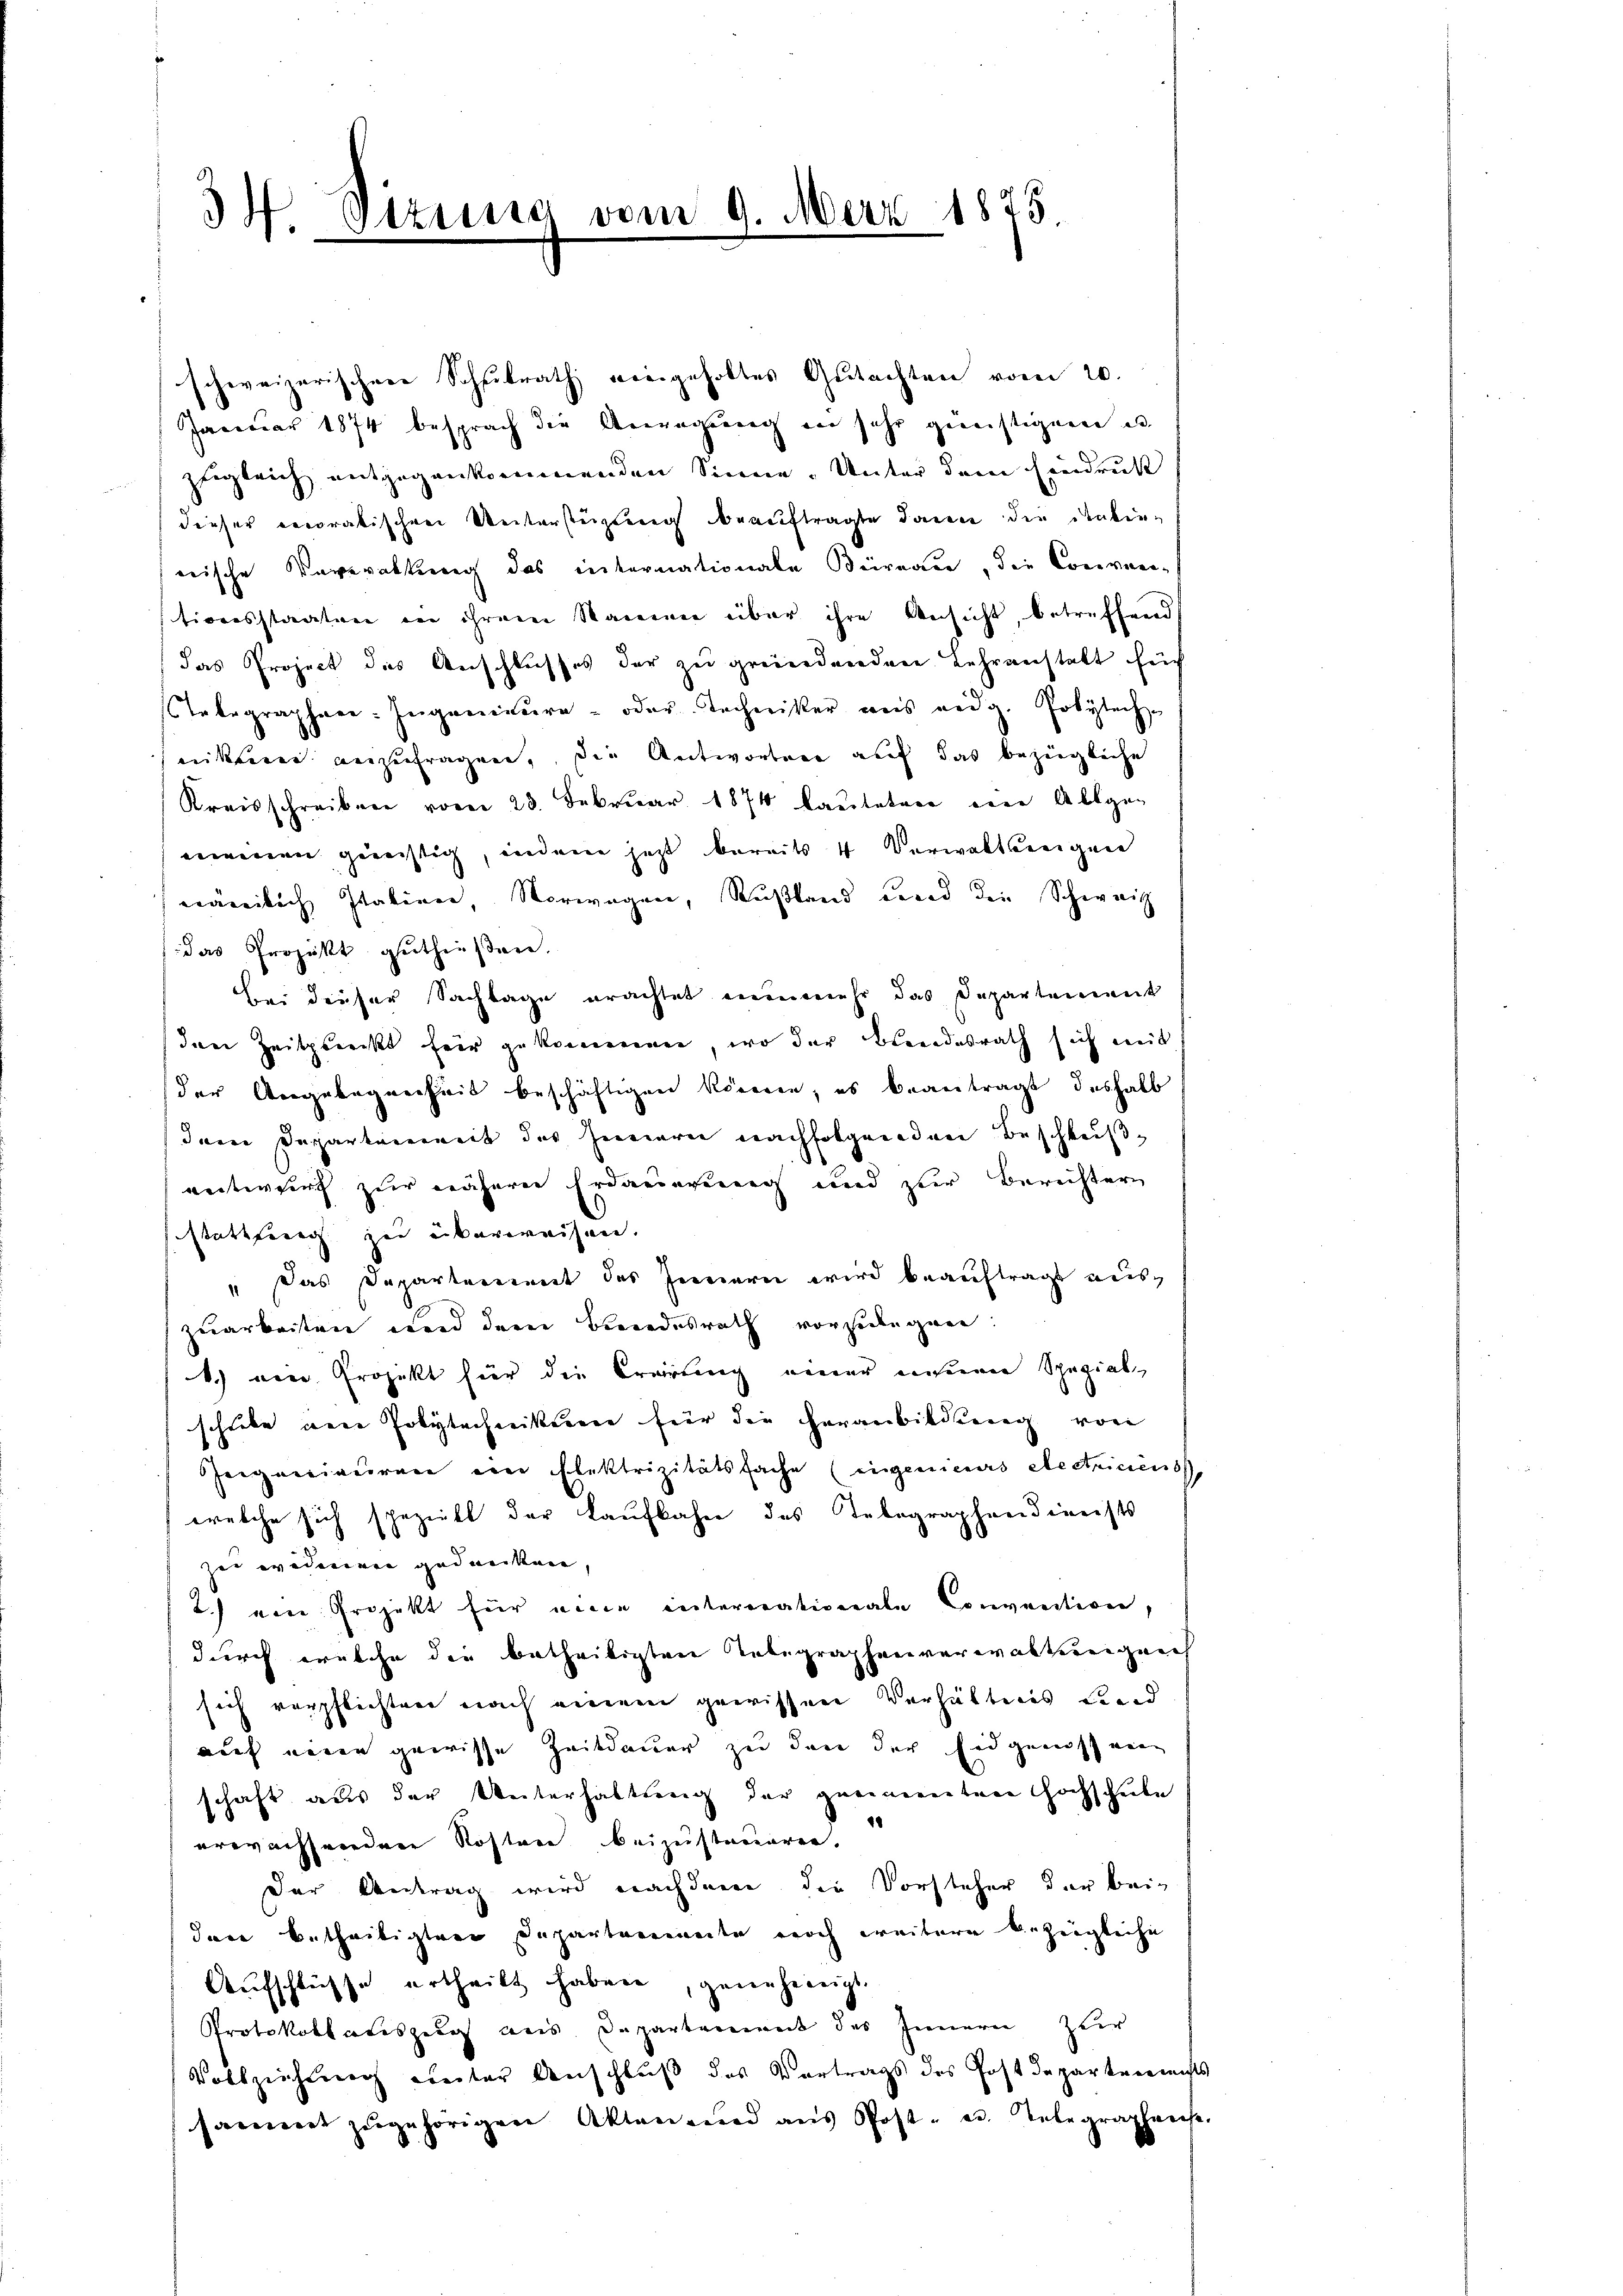
3W. Etting

am 9. März 1875

schweizerischen Schulrath eingeholtes Gutachten vom 20.
Jaceuar 1874 besprach die Anregung in sehr gerechtigen e
zugleich entgegenkommenden Sinne. Unter dem Eindruck
dieser oecoratischen Unterstüzung beauftragte Janen den Ankunnische Verwaltung des internationale Büreau, die Conven-
tionsstaaten von ihrem Sammen über ihre Ansicht, betreffend
das Project des Anschlusses der zu gründendene Lehranstalt für
Telegraphen-Ingenieure - oder Techniker uns eidg. Polytech-
nitzerer anzufragen, die Antworten auf das bezügliche
Kreisschreiben vom 23. Februar 1874 lauteten eine Allge-
meinen gerechtig, indem jetzt bereits 4 Verwaltezeigen
nämlich Italien Vorwegen, Rußland und die Schweiz
das Projekt getheißen.
Bei dieser Sachlage erachtet nunmehr das Departement
den Zeitpserckt für gekommen, wo der Bundesrath sich mit
der Angelegenheit beschäftigen köneren, es beantragt deshalb
dem Departenweit des seinern nachfolgenden Beschlußantwurf zur näherer Erdauerung und zur Berichtern
stattfern zu überweisen.
" Das Departement des Innern wird beauftragt auszuarbeiten und dem Bundesrath vorzulegen:
b.) ein Projekt hier die Cartung einer unseren Spezial-
schiebe neue Polytechnittenen für die Heranbildung von
Geigenieuren ein Elektrizitätsfache (eingenieures Restriciens
welche sich spezielt der Kaufbahre des Telegraphendenersts
zen wederien gedanken,
2) von Projekt für eine interrationale Convention,
durch welche die betheiligten Telegraphenverwaltungenh
sich verpflichten nach einem gewissene Verhältenes Land
auf einen gewisse Zeitdauer zu den der Eidgenossen
schaft aus der Unterhaltung der geeimenten Hochschule
1
erwachsenden Kosten beizustaueren.
der Antrag wird nachdem die Vorsteher der bei-
dare betheiligten Departanemente noch weitere bezügliche
Aufschlüsse ertheilt haben, genehmigt.
Protokollateszug aus Departenweit des Innern zur
Vollziehung einter Anschluß des Vortrags des Postdeparten nichts
sammet zugehörigen Akten und aus Post- u. Telegraphens